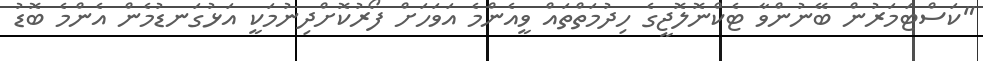
"ކަސްޓަމަރުން ބޭނުންވާ ޓެކްނޮލޮޖީގެ ހިދުމަތްތައް ވީއެންމެ އަވަހަށް ފޯރުކޮށްދިނުމަކީ އަޅުގަނޑުމެން އެންމެ ބޮޑު